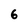
Character: 6